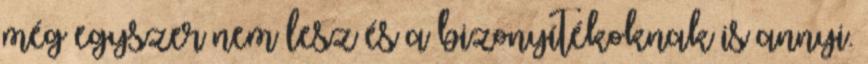
még egyszer nem lesz és a bizonyítékoknak is annyi.